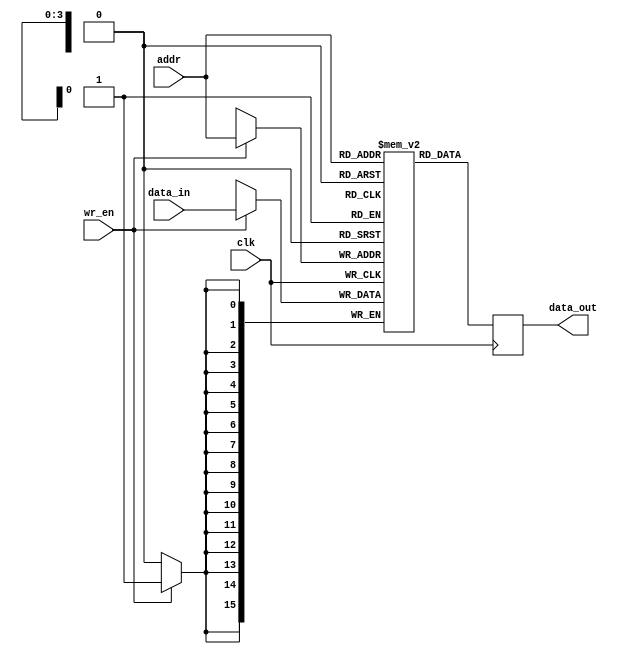
module memory_block (
    input wire clk,
    input wire wr_en,
    input wire [3:0] addr,
    input wire [15:0] data_in,
    output reg [15:0] data_out
);
    reg [15:0] mem [15:0]; // 16x16-bit memory

    always @(posedge clk) begin
        if (wr_en) begin
            mem[addr] <= data_in; // Write operation
        end
        data_out <= mem[addr]; // Read operation
    end
endmodule